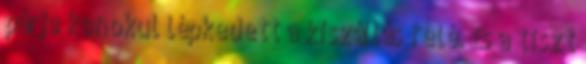
párja konokul lépkedett a kiszállás felé. És a tiszt